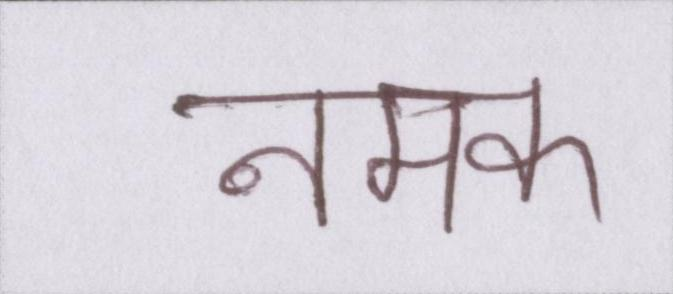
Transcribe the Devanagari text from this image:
नमक